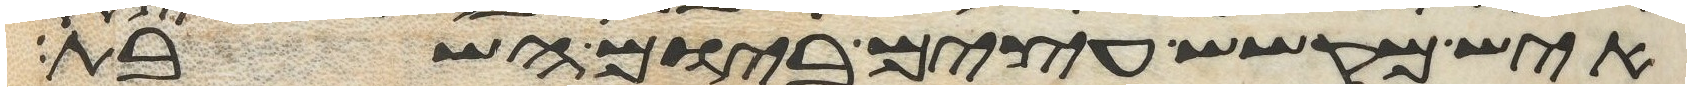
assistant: איש מקשש עצים ביום השבת